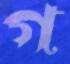
গ